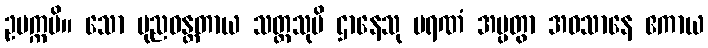
ဥပက္ကမိ။ သော ပုညဝန္တတာယ သတ္တသုပိ ဌာနေသု မရဏံ အပ္ပတွာ အဝသာနေ ဧကာယ